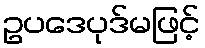
ဥပဒေပုဒ်မဖြင့်